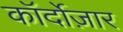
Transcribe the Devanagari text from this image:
कॉर्दोज़ार